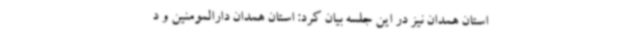
استان همدان نیز در این جلسه بیان کرد: استان همدان دارالمومنین و د